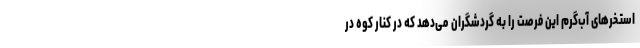
استخر‌های آب‌گرم این فرصت را به گردشگران می‌دهد که در کنار کوه در